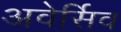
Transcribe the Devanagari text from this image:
अवेर्सिव